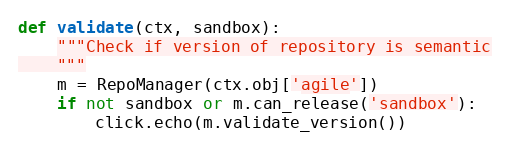
Language: Python
def validate(ctx, sandbox):
    """Check if version of repository is semantic
    """
    m = RepoManager(ctx.obj['agile'])
    if not sandbox or m.can_release('sandbox'):
        click.echo(m.validate_version())